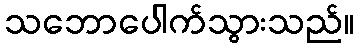
သဘောပေါက်သွားသည်။